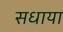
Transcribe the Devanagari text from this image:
सधाया